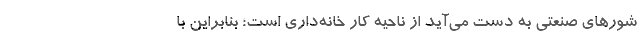
شورهای صنعتی به دست می‌آید از ناحیه کار خانه‌داری است؛ بنابراین با